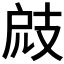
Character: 𢻄